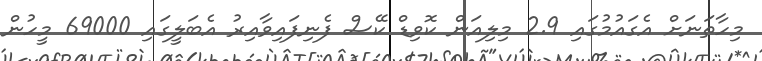
މިހާތަނަށް އެގައުމުގައި 2.9 މިލިއަން ކޮވިޑް ކޭސް ފެނިފައިވާއިރު އެބަލީގައި 69000 މީހުން